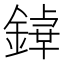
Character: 𨪬